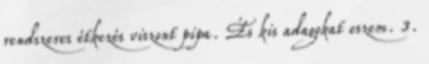
rendszeres étkezés viszont pipa. És kis adagokat eszem. 3.